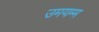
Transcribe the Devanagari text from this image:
उमयम्म